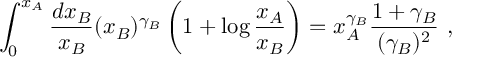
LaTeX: \int _ { 0 } ^ { x _ { A } } { \frac { d x _ { B } } { x _ { B } } } ( x _ { B } ) ^ { \gamma _ { B } } \left( 1 + \log { \frac { x _ { A } } { x _ { B } } } \right) = x _ { A } ^ { \gamma _ { B } } { \frac { 1 + \gamma _ { B } } { ( \gamma _ { B } ) ^ { 2 } } } \, \, ,